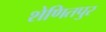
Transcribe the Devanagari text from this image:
शेणितपुर